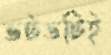
ভটভটিই